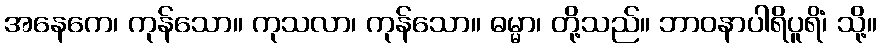
အနေကေ၊ ကုန်သော။ ကုသလာ၊ ကုန်သော။ ဓမ္မာ၊ တို့သည်။ ဘာဝနာပါရိပူရိံ၊ သို့။